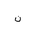
Letter: _non